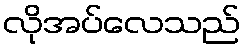
လိုအပ်လေသည်